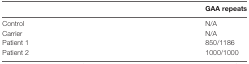
<table><thead><tr><td></td><td><b>GAA repeats</b></td></tr></thead><tbody><tr><td>Control</td><td>N/A</td></tr><tr><td>Carrier</td><td>N/A</td></tr><tr><td>Patient 1</td><td>850/1186</td></tr><tr><td>Patient 2</td><td>1000/1000</td></tr></tbody></table>